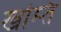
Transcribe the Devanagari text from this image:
खम्ति